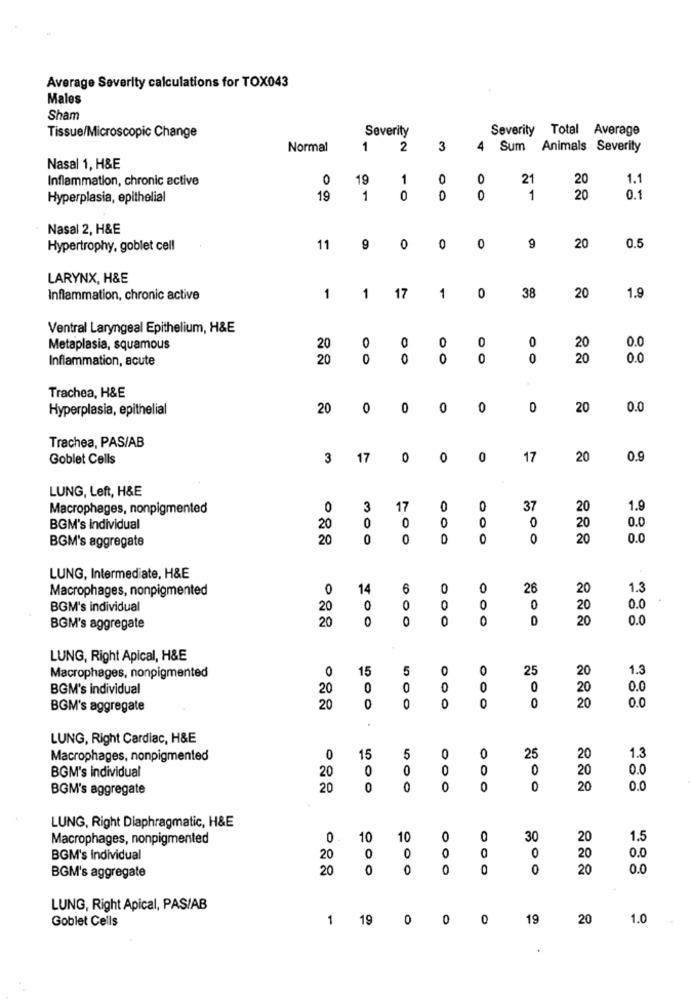
Average Severity calculations for TOX043
Males
Sham
Severity
Severity Total Average
Tissue/Microscopic Change
Normal
1
2
3
4
Sum Animals Severity
Nasal 1, H&E
Inflammation, chronic active
0
19
1
0
0
21
20
1.1
Hyperplasia, epithelial
19
1
0
0
0
1
20
0.1
Nasal 2, H&E
20
Hypertrophy, goblet cell
11
9
0
0
0
9
0.5
LARYNX, H&E
17
38
Inflammation, chronic active
1
1
1
0
20
1.9
Ventral Laryngeal Epithelium, H&E
0
0
0
20
0.0
Metaplasia, squamous
20
0
0
Inflammation, acute
20
0
0
0
0
0
20
0.0
Trachea, H&E
Hyperplasia, epithelial
20
0
0
0
0
0
20
0.0
Trachea, PAS/AB
Goblet Cells
3
17
0
0
0
17
20
0.9
LUNG, Left, H&E
Macrophages, nonpigmented
0
3
17
0
0
37
20
1.9
0
0
0
20
0.0
BGM's Individual
20
O
BGM's aggregate
20
0
0
0
0
20
0.0
LUNG, Intermediate, H&E
Macrophages, nonpigmented
0
14
6
0
0
26
20
1.3
BGM's individual
20
0
0
0
0
20
0.0
20
0
0
0
0
20
0.0
BGM's aggregate
LUNG, Right Apical, H&E
0
15
5
0
25
20
1.3
Macrophages, nonpigmented
BGM's individual
20
0
0
0
O
0
20
0.0
0
20
BGM's aggregate
20
O
O
0
0.0
LUNG, Right Cardiac, H&E
15
0
Macrophages, nonpigmented
0
5
0
25
20
1.3
BGM's individual
20
0
0
0
0
0
20
0.0
BGM's aggregate
20
0
0
0
0
0
20
0.0
LUNG, Right Diaphragmatic, H&E
Macrophages, nonpigmented
0
10
10
0
0
30
20
1.5
0
0
0
BGM's individual
20
0
20
0.0
20
0
0
0
0
0
20
0.0
BGM's aggregate
LUNG, Right Apical, PAS/AB
Goblet Cells
1
19
0
0
0
19
20
1.0